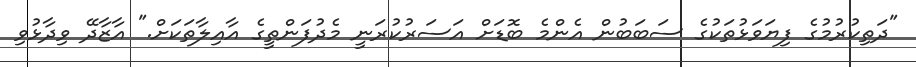
"ދަތިކުރުމުގެ ފިޔަވަޅުތަކުގެ ސަބަބުން އެންމެ ބޮޑަށް އަސަރުކުރަނީ މެދުފަންތީގެ އާއިލާތަކަށް." އާޒާދޭ ވިދާޅުވި